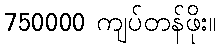
750000 ကျပ်တန်ဖိုး။